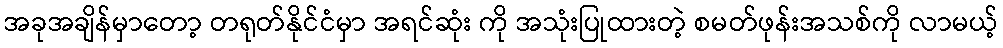
အခုအချိန်မှာတော့ တရုတ်နိုင်ငံမှာ အရင်ဆုံး ကို အသုံးပြုထားတဲ့ စမတ်ဖုန်းအသစ်ကို လာမယ့်